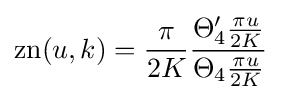
\operatorname {zn} (u,k)={\frac {\pi }{2K}}{\frac {\Theta _{4}'{\frac {\pi u}{2K}}}{\Theta _{4}{\frac {\pi u}{2K}}}}